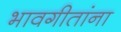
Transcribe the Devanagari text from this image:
भावगीतांना